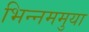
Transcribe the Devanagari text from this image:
भिन्नममुया